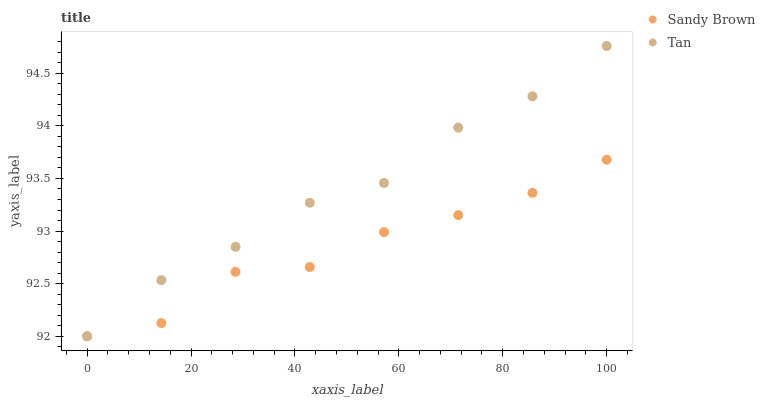
| xaxis_label | Sandy Brown | Tan |
 | --- | --- | --- |
 | 0 | 92 | 92 |
 | 14.3 | 92.1 | 92.5 |
 | 28.6 | 92.6 | 92.9 |
 | 42.9 | 92.7 | 93.3 |
 | 57.1 | 93 | 93.5 |
 | 71.4 | 93.2 | 94 |
 | 85.7 | 93.4 | 94.3 |
 | 100 | 93.7 | 94.8 |